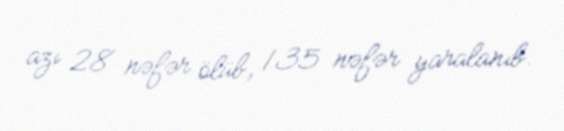
azı 28 nəfər ölüb, 135 nəfər yaralanıb.